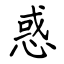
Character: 惑